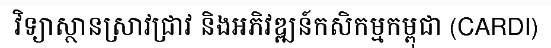
វិទ្យាស្ថានស្រាវជ្រាវ និងអភិវឌ្ឍន៍កសិកម្មកម្ពុជា (CARDI)